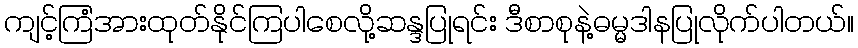
ကျင့်ကြံအားထုတ်နိုင်ကြပါစေလို့ဆန္ဒပြုရင်း ဒီစာစုနဲ့ဓမ္မဒါနပြုလိုက်ပါတယ်။